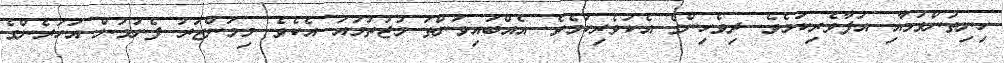
ހިނިތުންވުމާއި އުފާވެރިކަމެވެ. ދިވެހިންގެ އެކުވެރިކަމެވެ. އެއްބައިވަންތަ މުޖުތަމައު އެކެވެ. މިމަންޒަރު ފެނުމުން އަހަރެންގެ